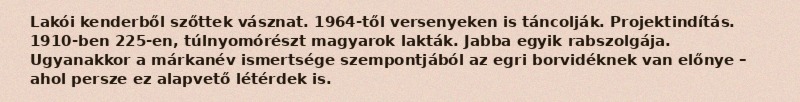
Lakói kenderből szőttek vásznat. 1964-től versenyeken is táncolják. Projektindítás. 1910-ben 225-en, túlnyomórészt magyarok lakták. Jabba egyik rabszolgája. Ugyanakkor a márkanév ismertsége szempontjából az egri borvidéknek van előnye – ahol persze ez alapvető létérdek is.